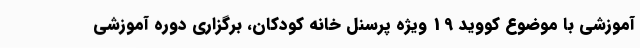
آموزشی با موضوع کووید 19 ویژه پرسنل خانه کودکان، برگزاری دوره آموزشی